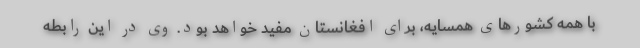
با همه کشورهای همسایه، برای افغانستان مفید خواهد بود. وی در این رابطه